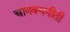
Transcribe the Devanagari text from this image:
चाणक्यनीती